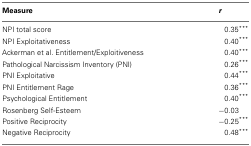
<table><thead><tr><td><b>Measure</b></td><td><b><i>r</i></b></td></tr></thead><tbody><tr><td>NPI total score</td><td>0.35***</td></tr><tr><td>NPI Exploitativeness</td><td>0.40***</td></tr><tr><td>Ackerman et al. Entitlement/Exploitiveness</td><td>0.40***</td></tr><tr><td>Pathological Narcissism Inventory (PNI)</td><td>0.26***</td></tr><tr><td>PNI Exploitative</td><td>0.44***</td></tr><tr><td>PNI Entitlement Rage</td><td>0.36***</td></tr><tr><td>Psychological Entitlement</td><td>0.40***</td></tr><tr><td>Rosenberg Self-Esteem</td><td>−0.03</td></tr><tr><td>Positive Reciprocity</td><td>−0.25***</td></tr><tr><td>Negative Reciprocity</td><td>0.48***</td></tr></tbody></table>